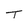
Character: T